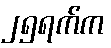
၂၅ရက်က